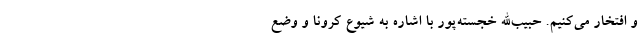
و افتخار می‌کنیم.‌ حبیب‌الله خجسته‌پور با اشاره به شیوع کرونا و وضع